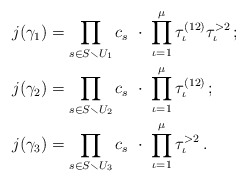
\begin{align*}j(\gamma_1)&=\prod_{s\in S\smallsetminus U_1} c_s\ \cdot\ \prod_{\iota=1}^\mu \tau_\iota^{(12)}\tau_\iota^{>2}\,;\\j(\gamma_2)&=\prod_{s\in S\smallsetminus U_2} c_s\ \cdot\ \prod_{\iota=1}^\mu \tau_\iota^{(12)}\,;\\j(\gamma_3)&=\prod_{s\in S\smallsetminus U_3} c_s\ \cdot\ \prod_{\iota=1}^\mu \tau_\iota^{>2}\,.\end{align*}